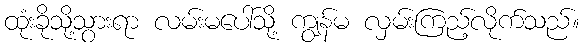
ထုံးခိုသို့သွားရာ လမ်းမပေါ်သို့ ကျွန်မ လှမ်းကြည့်လိုက်သည်။